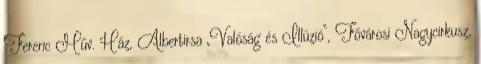
Ferenc Műv. Ház, Albertirsa „Valóság és Illúzió”, Fővárosi Nagycirkusz,